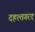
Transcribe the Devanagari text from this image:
दहश्तगरद